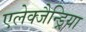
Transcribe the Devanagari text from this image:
एलेक्जैन्ड्रिया